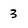
Character: 3